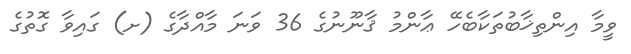
ވީމާ އިންތިޚާބުތަކާބެހޭ ޢާންމު ޤާނޫނުގެ 36 ވަނަ މާއްދާގެ (ށ) ގައިވާ ގޮތުގެ